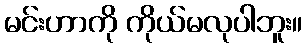
မင်းဟာကို ကိုယ်မလုပါဘူး။